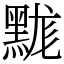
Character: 䵨